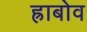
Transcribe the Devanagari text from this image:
ह्राबोव